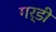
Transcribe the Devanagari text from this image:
गर्डी